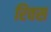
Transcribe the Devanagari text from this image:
रिवस